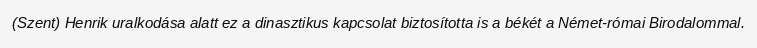
(Szent) Henrik uralkodása alatt ez a dinasztikus kapcsolat biztosította is a békét a Német-római Birodalommal.